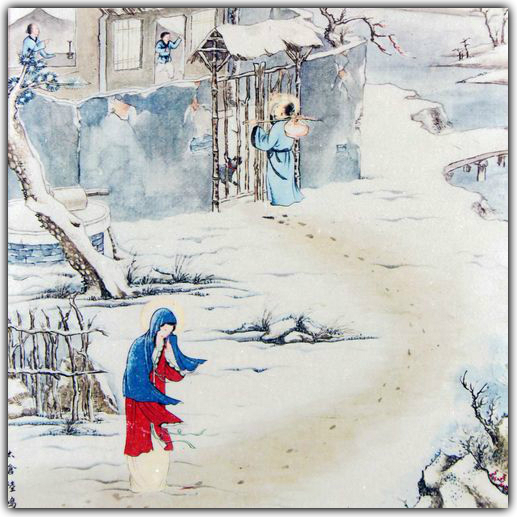
一语不入意，从君万曲梁尘飞。